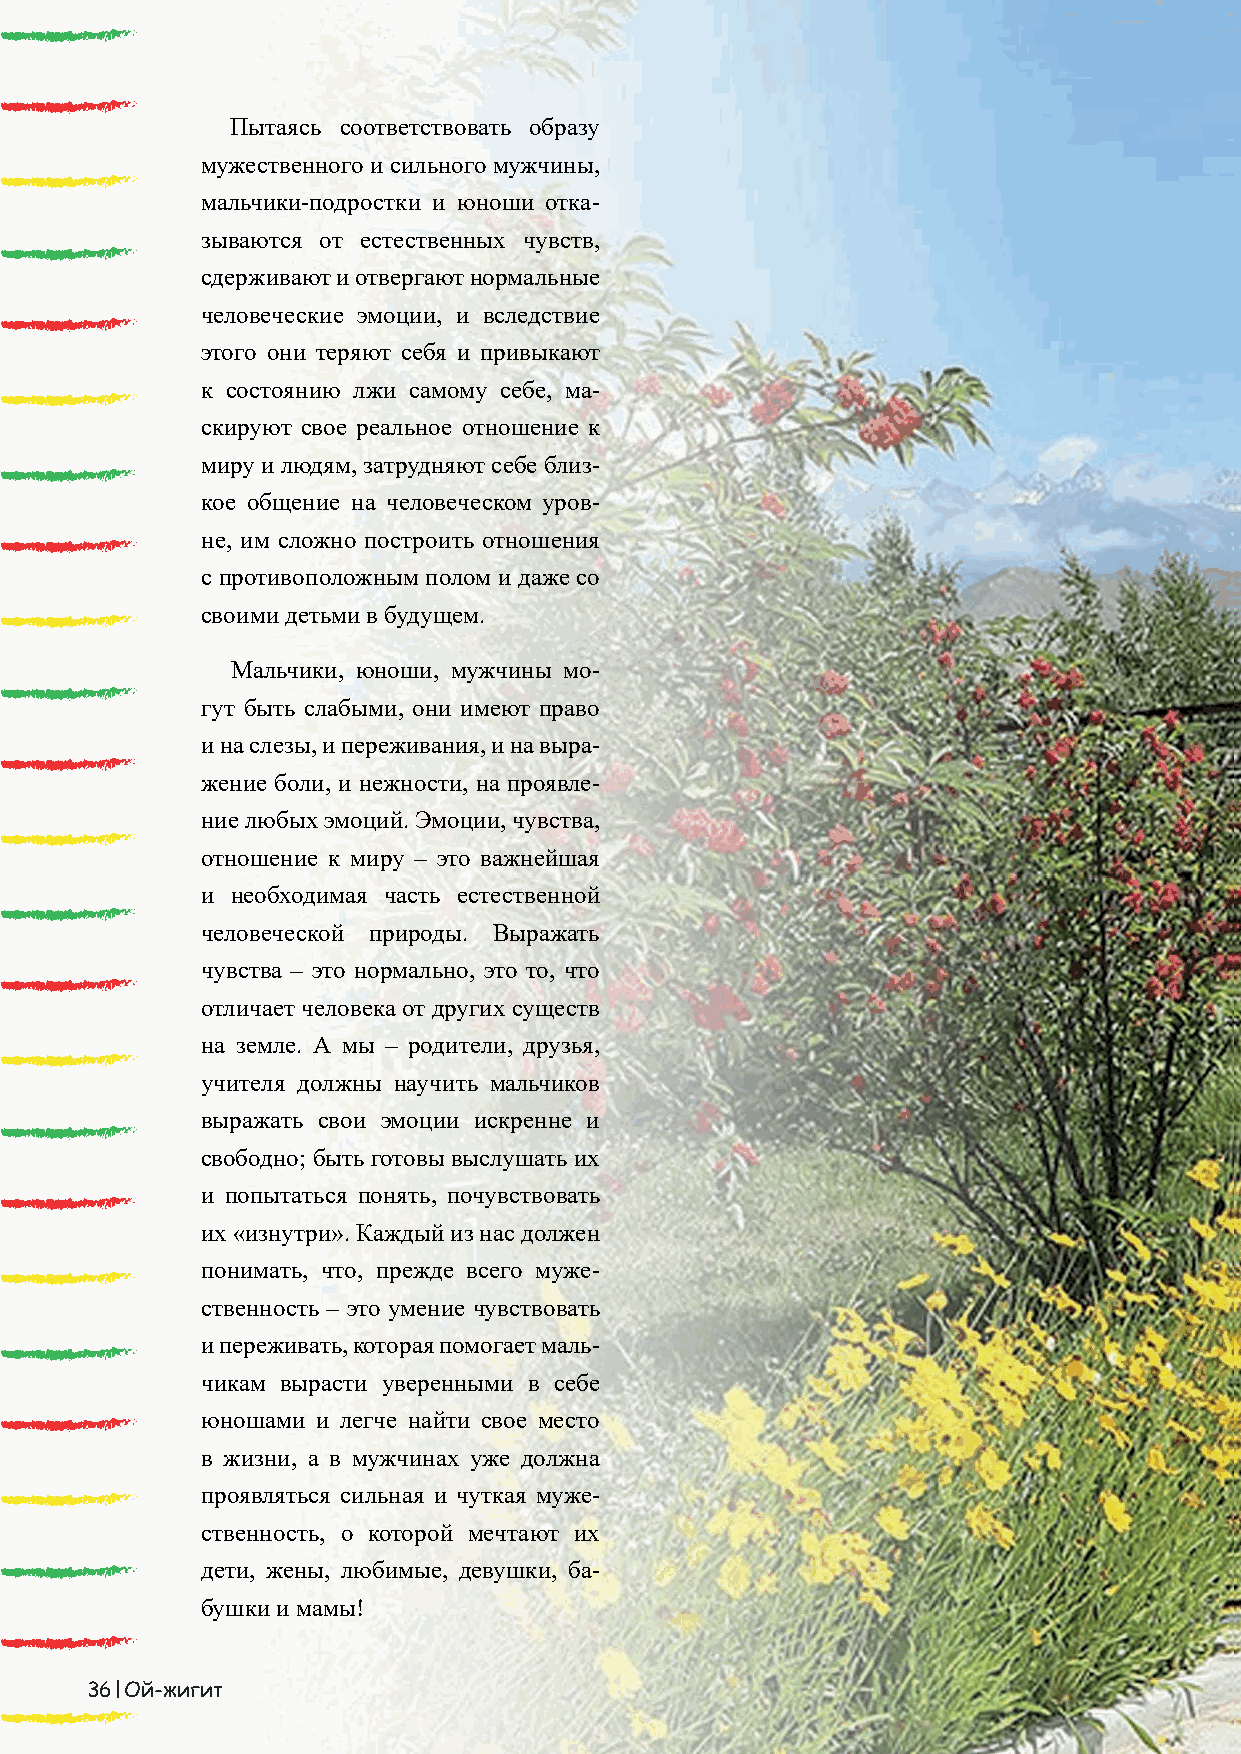
Пытаясь соответствовать образу
 мужественного и сильного мужчины,
 мальчики-подростки и юноши отка-
 зываются от естественных чувств,
 сдерживают и отвергают нормальные
 человеческие эмоции, и вследствие
 этого они теряют себя и привыкают
 к состоянию лжи самому себе, ма-
 скируют свое реальное отношение к
 миру и людям, затрудняют себе близ-
 кое общение на человеческом уров-
 не, им сложно построить отношения
 с противоположным полом и даже со
 своими детьми в будущем.
 Мальчики, юноши, мужчины мо-
 гут быть слабыми, они имеют право
 и на слезы, и переживания, и на выра-
 жение боли, и нежности, на проявле-
 ние любых эмоций. Эмоции, чувства,
 отношение к миру – это важнейшая
 и необходимая часть естественной
 человеческой природы. Выражать
 чувства – это нормально, это то, что
 отличает человека от других существ
 на земле. А мы – родители, друзья,
 учителя должны научить мальчиков
 выражать свои эмоции искренне и
 свободно; быть готовы выслушать их
 и попытаться понять, почувствовать
 их «изнутри». Каждый из нас должен
 понимать, что, прежде всего муже-
 ственность – это умение чувствовать
 и переживать, которая помогает маль-
 чикам вырасти уверенными в себе
 юношами и легче найти свое место
 в жизни, а в мужчинах уже должна
 проявляться сильная и чуткая муже-
 ственность, о которой мечтают их
 дети, жены, любимые, девушки, ба-
 бушки и мамы!
 36 Ой-жигит                                                                                                                                    Ой-жигит 37